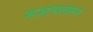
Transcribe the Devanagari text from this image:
मजल्यावरून